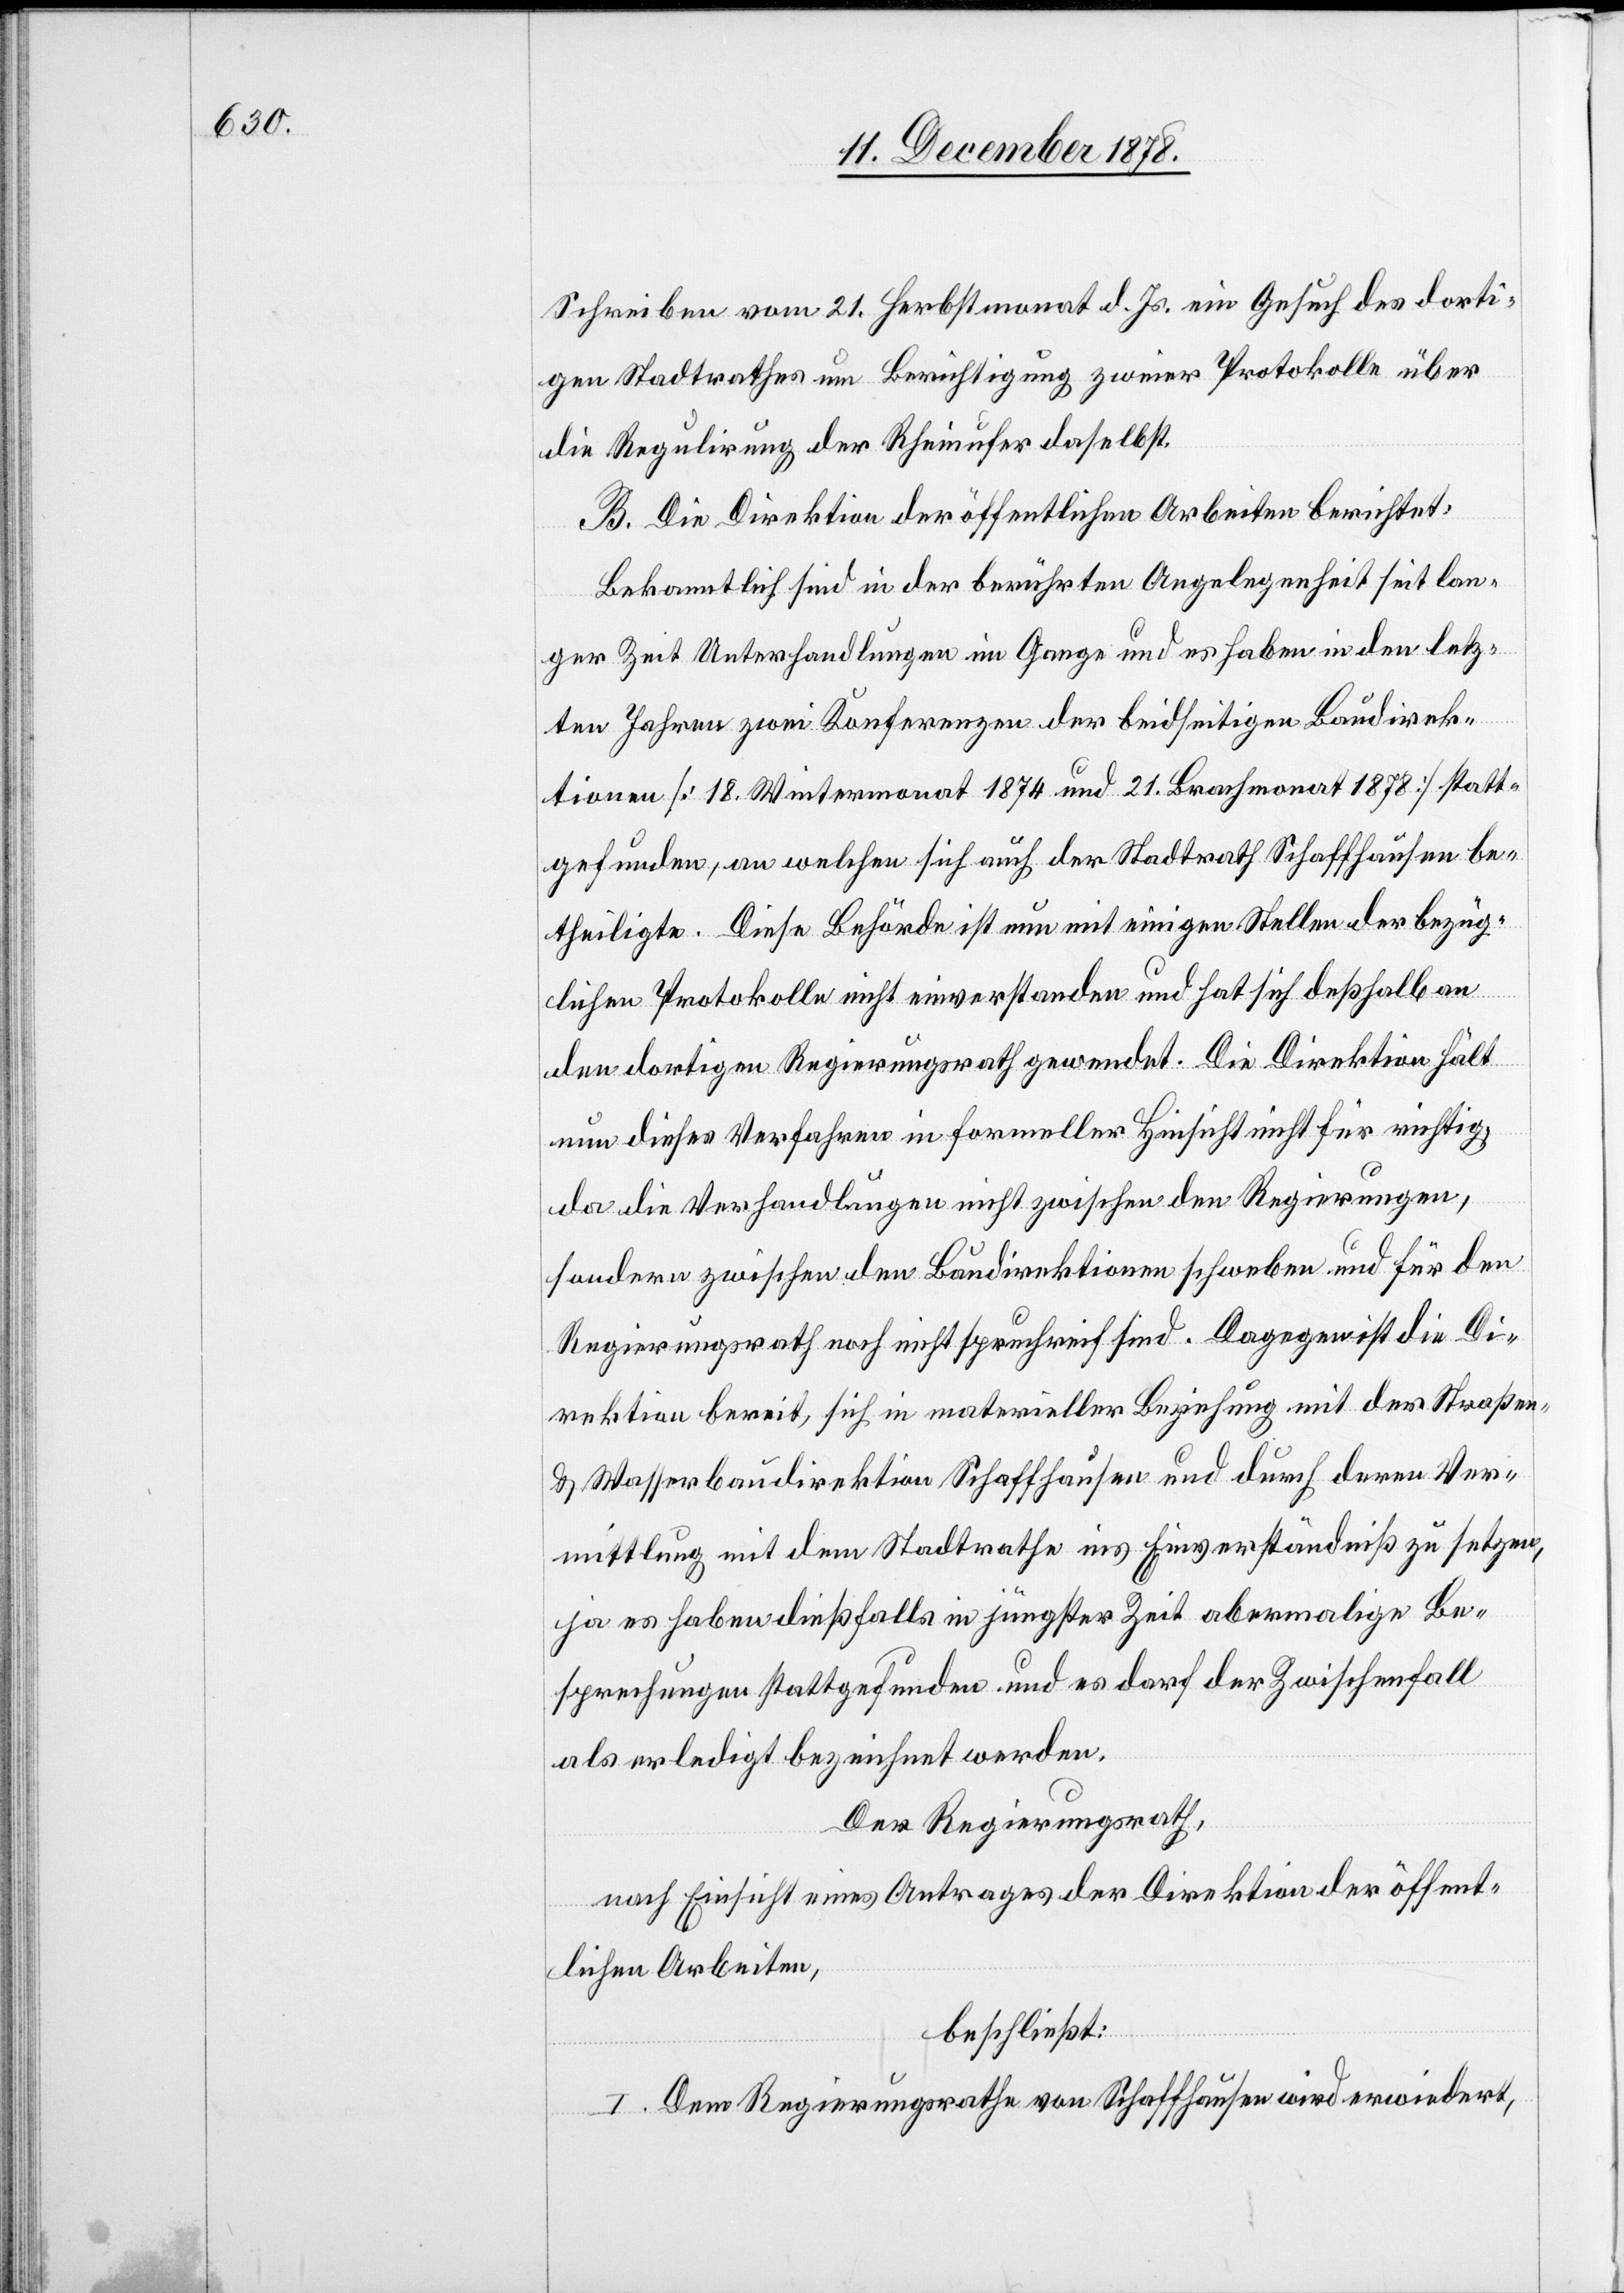
Schreiben vom 21. Herbstmonat d. Js. ein Gesuch des dorti¬
gen Stadtrathes um Berichtigung zweier Protokolle über
die Regulirung der Rheinufer daselbst.
B. Die Direktion der öffentlichen Arbeiten berichtet:
Bekanntlich sind in der berührten Angelegenheit seit lan¬
ger Zeit Unterhandlungen im Gange und es haben in den letz¬
ten Jahren zwei Konferenzen der beidseitigen Baudirek¬
tionen [18. Wintermonat 1874 und 21. Brachmonat 1878] statt¬
gefunden, an welchen sich auch der Stadtrath Schaffhausen be¬
theiligte. Diese Behörde ist nun mit einigen Stellen der bezüg¬
lichen Protokolle nicht einverstanden und hat sich deßhalb an
den dortigen Regierungsrath gewendet. Die Direktion hält
nun dieses Verfahren in formeller Hinsicht nicht für richtig,
da die Verhandlungen nicht zwischen den Regierungen,
sondern zwischen den Baudirektionen schweben und für den
Regierungsrath noch nicht spruchreif sind. Dagegen ist die Di¬
rektion bereit, sich in materieller Beziehung mit der Straßen-
& Wasserbaudirektion Schaffhausen und durch deren Ver¬
mittlung mit dem Stadtrathe ins Einverständniß zu setzen,
ja es haben dießfalls in jüngster Zeit abermalige Be¬
sprechungen stattgefunden und es darf der Zwischenfall
als erledigt bezeichnet werden.
Der Regierungsrath,
nach Einsicht eines Antrages der Direktion der öffent¬
lichen Arbeiten,
beschließt:
I. Der Regierungsrathe von Schaffhausen wird erwiedert,